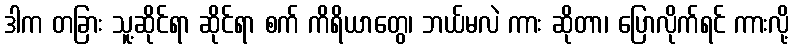
ဒါက တခြား သူ့ဆိုင်ရာ ဆိုင်ရာ စက် ကိရိယာတွေ၊ ဘယ်မလဲ ကား ဆိုတာ၊ ပြောလိုက်ရင် ကားလို့